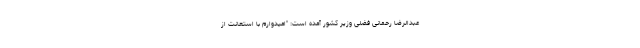
عبدالرضا رحمانی فضلی وزیر کشور آمده است: "امیدوارم با استعانت از